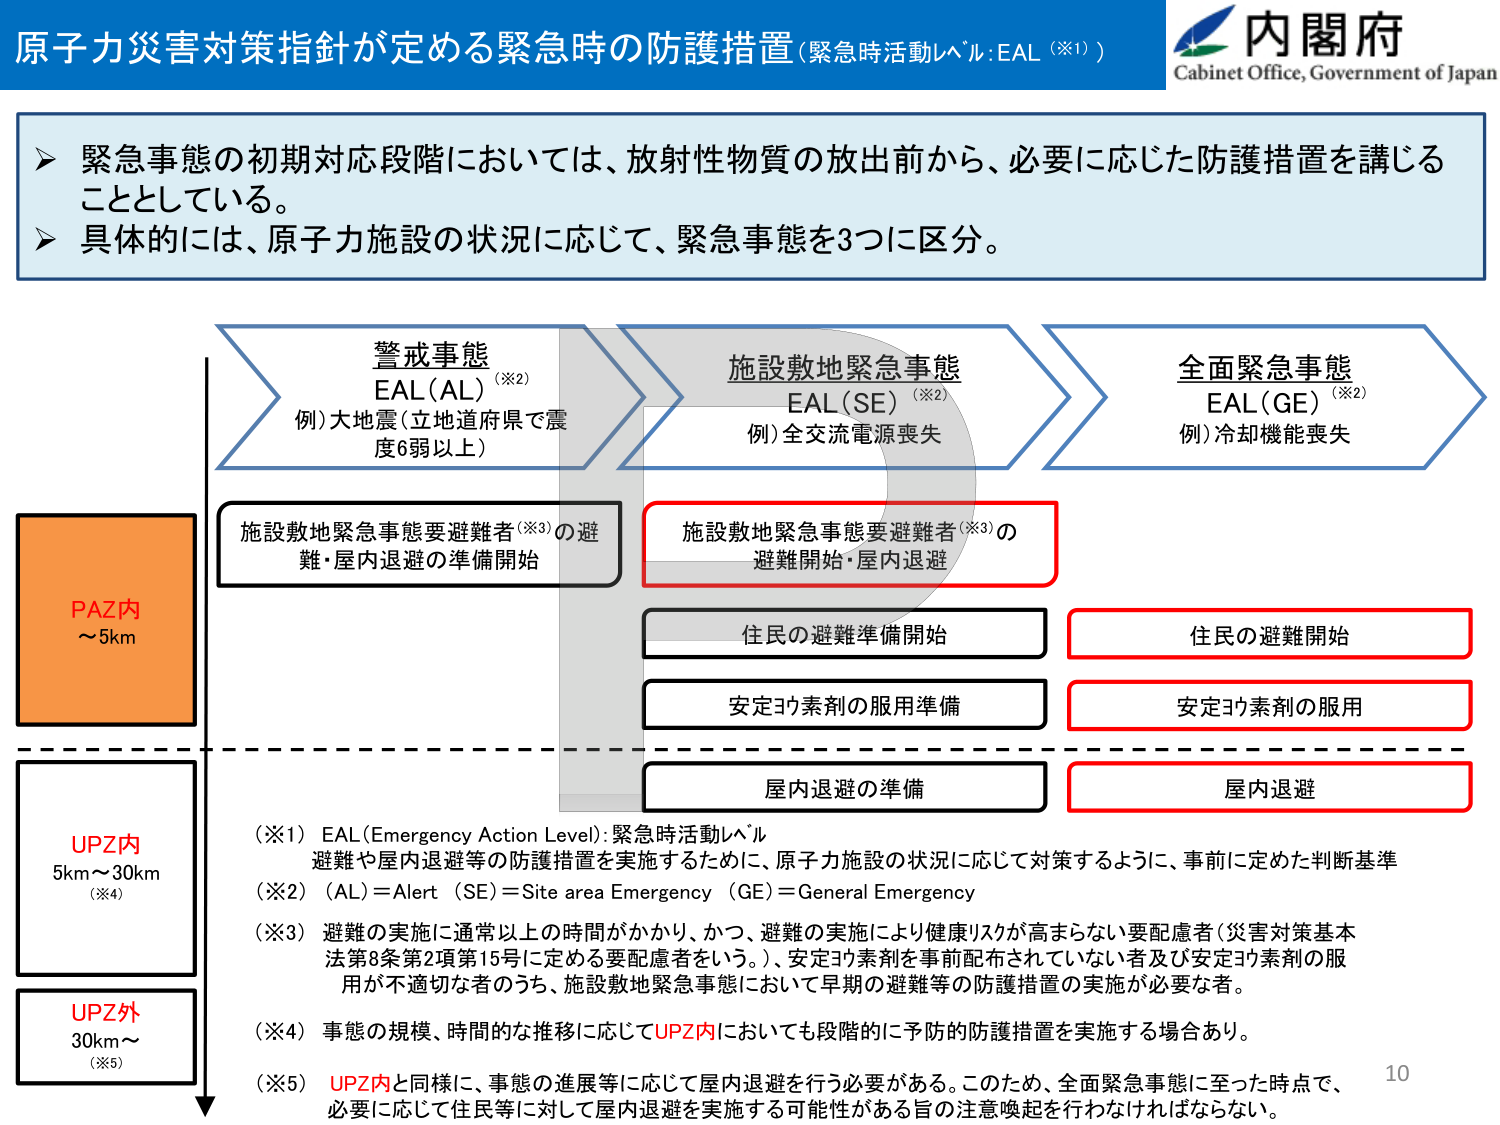
原子力災害対策指針が定める緊急時の防護措置（緊急時活動レベル：EAL（※1））

内閣府
Cabinet Office, Government of Japan

➤ 緊急事態の初期対応段階においては、放射性物質の放出前から、必要に応じた防護措置を講じることとしている。
➤ 具体的には、原子力施設の状況に応じて、緊急事態を3つに区分。

警戒事態
EAL（AL）（※2）
例）大地震（立地道府県で震度6弱以上）

施設敷地緊急事態
EAL（SE）（※2）
例）全交流電源喪失

全面緊急事態
EAL（GE）（※2）
例）冷却機能喪失

PAZ内
～5km

施設敷地緊急事態要避難者（※3）の避難・屋内退避の準備開始

施設敷地緊急事態要避難者（※3）の避難開始・屋内退避

住民の避難準備開始

住民の避難開始

安定ヨウ素剤の服用準備

安定ヨウ素剤の服用

屋内退避の準備

屋内退避

UPZ内
5km～30km
（※4）

UPZ外
30km～
（※5）

（※1）EAL（Emergency Action Level）：緊急時活動レベル
避難や屋内退避等の防護措置を実施するために、原子力施設の状況に応じて対策するように、事前に定めた判断基準

（※2）（AL）＝Alert （SE）＝Site area Emergency （GE）＝General Emergency

（※3）避難の実施に通常以上の時間がかかり、かつ、避難の実施により健康リスクが高まらない要配慮者（災害対策基本法第8条第2項第15号に定める要配慮者をいう。）、安定ヨウ素剤を事前配布されていない者及び安定ヨウ素剤の服用が不適切な者のうち、施設敷地緊急事態において早期の避難等の防護措置の実施が必要な者。

（※4）事態の規模、時間的な推移に応じてUPZ内においても段階的に予防的防護措置を実施する場合あり。

（※5）UPZ内と同様に、事態の進展等に応じて屋内退避を行う必要がある。このため、全面緊急事態に至った時点で、必要に応じて住民等に対して屋内退避を実施する可能性がある旨の注意喚起を行わなければならない。

10